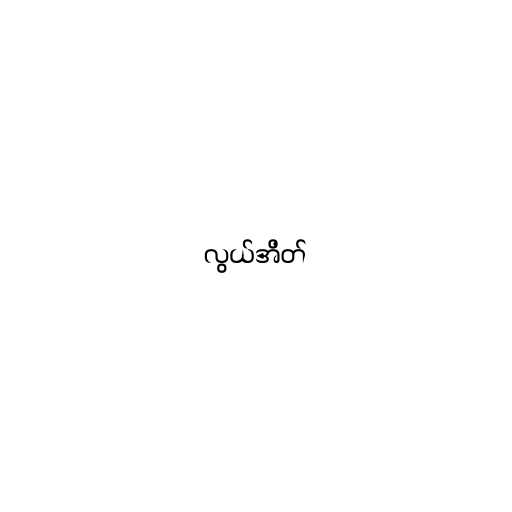
လွယ်အိတ်